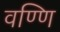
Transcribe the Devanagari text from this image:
वण्णि